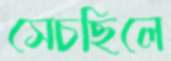
সেচছিলে